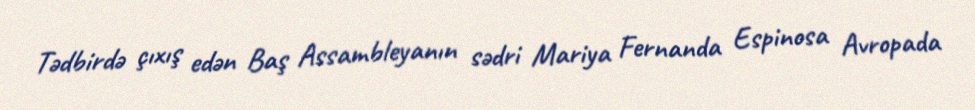
Tədbirdə çıxış edən Baş Assambleyanın sədri Mariya Fernanda Espinosa Avropada